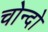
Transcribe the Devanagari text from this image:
चोन्दो